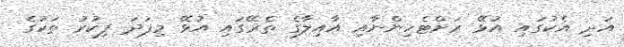
އަދި އެކުގައި އުޅޭ ރަށްޓެހިންނާއި އާއިލާގެ ތެރޭގައި އުޅޭ މިފަދަ ފިކުރު ތަކުގެ